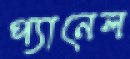
প্যানেল